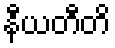
နီယတီတိ